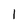
Character: I